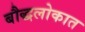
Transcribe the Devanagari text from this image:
बौद्धलोकात